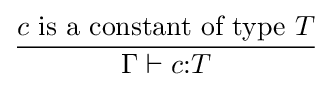
{\frac {c{\text{ is a constant of type }}T}{\Gamma \vdash c{\mathbin {:}}T}}